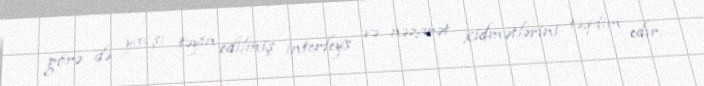
görə də yaxşı təyin edilmiş interfeys və nəzarət xidmətlərini təqdim edir.